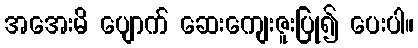
အအေးမိ ပျောက် ဆေးကျေးဇူးပြု၍ ပေးပါ။